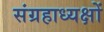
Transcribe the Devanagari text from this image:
संग्रहाध्यक्षों